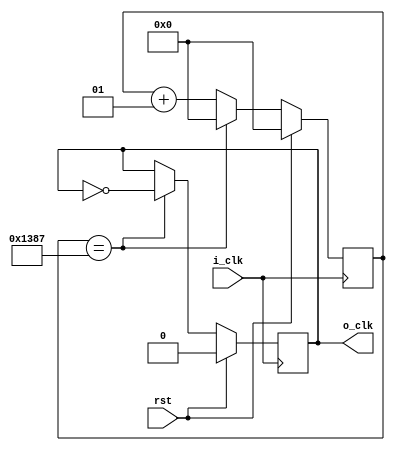
`timescale 1ns / 1ps

 
module Divider(
input i_clk,
input rst,
output o_clk
    );

reg o_clk_r = 0;
//wire o_clk;
assign o_clk = o_clk_r;
parameter l =10000/2 - 1;//100000
integer i = 0;

always @ (posedge i_clk)begin
  if(rst)begin
        o_clk_r <= 0;
        i <= 0; 
  end
  else begin
    if(i == l)begin
        o_clk_r = ~ o_clk_r;
        i<=0;
    end
    else 
        i <= i + 1;
  end
end



endmodule